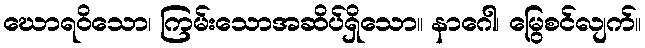
ဃောရဝိသော၊ ကြမ်းသောအဆိပ်ရှိသော။ နာဂေါ၊ မြွေစင်လျက်။